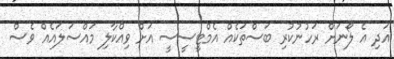
އަދި އެ ލޯނަށް ރަހުނުކުރި ބަސްތަކެއް އެމްޓީސީސީ އަށް ވިއްކާލި މައްސަލައެއް ވެސް